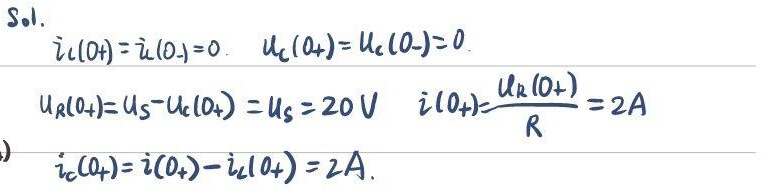
Sol.
\[
\begin{align*}
i_{L}(0_{+})&=i_{L}(0_{-}) = 0, &u_{C}(0_{+})&=u_{C}(0_{-})=0.\\
u_{R}(0_{+})&=u_{S}-u_{C}(0_{+}) = u_{S}=20\mathrm{V}, &i(0_{+})&=\frac{u_{R}(0_{+})}{R}=2\mathrm{A}\\
i_{C}(0_{+})&=i(0_{+})-i_{L}(0_{+}) = 2\mathrm{A}.
\end{align*}
\]